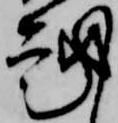
越